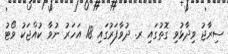
ސިރާޖު ވިދާޅުވި ގޮތުގައި ރ. ދުވާފަރުގައި 18 އަހަރު ނުވާ ކުއްޖަކު ވޯޓު